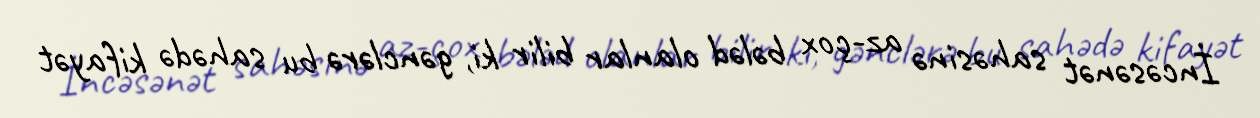
İncəsənət sahəsinə az-çox bələd olanlar bilir ki, gənclərə bu sahədə kifayət